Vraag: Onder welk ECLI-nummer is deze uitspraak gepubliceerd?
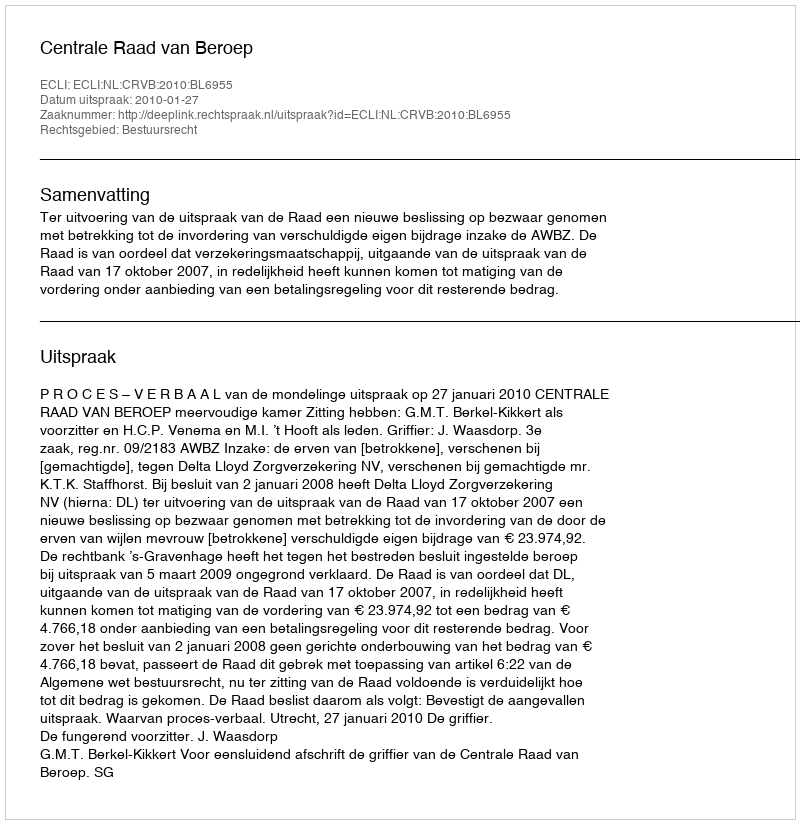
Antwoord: ECLI:NL:CRVB:2010:BL6955